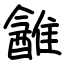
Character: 䨄